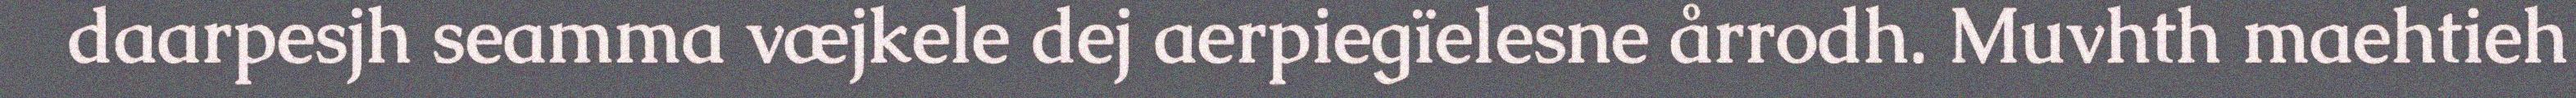
daarpesjh seamma væjkele dej aerpiegïelesne årrodh. Muvhth maehtieh